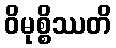
ဝိမုစ္စိဿတိ